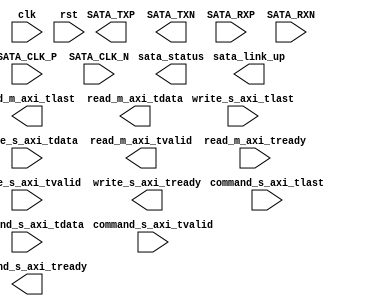
/*=============================================================================
# FileName    :	sata_controller_top.v
# Author      :	author
# Email       :	email@email.com
# Description :	
                16KByteFIFO
                
                command +  + ( + )
                write
                
                command +  + ( + )
                read
                
# Version     :	1.0
# LastChange  :	2018-07-20 13:39:37
# ChangeLog   :	
=============================================================================*/
`timescale  1 ns/1 ps

module sata_controller_top
(
    input   wire                clk,
    input   wire                rst,

    // &
    input   wire                command_s_axi_tvalid,
    input   wire                command_s_axi_tlast,
    output  wire                command_s_axi_tready,
    input   wire [31:00]        command_s_axi_tdata,

    // 
    input   wire                write_s_axi_tvalid,
    input   wire                write_s_axi_tlast,
    output  wire                write_s_axi_tready,
    input   wire [31:00]        write_s_axi_tdata,

    //
    output  wire                read_m_axi_tvalid,
    output  wire                read_m_axi_tlast,
    input   wire                read_m_axi_tready,
    output  wire [31:00]        read_m_axi_tdata,


    output  wire                sata_link_up,   // sata_link_up = 1sata
    output  wire [31:00]        sata_status,

    input   wire                SATA_CLK_P,
    input   wire                SATA_CLK_N,
    output  wire                SATA_TXP,
    output  wire                SATA_TXN,
    input   wire                SATA_RXP,
    input   wire                SATA_RXN
);

endmodule